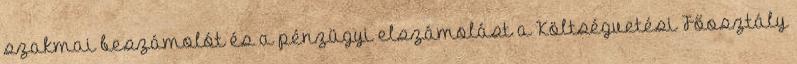
szakmai beszámolót és a pénzügyi elszámolást a Költségvetési Főosztály